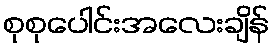
စုစုပေါင်းအလေးချိန်